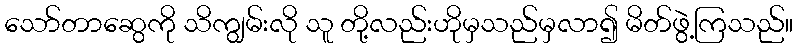
သော်တာဆွေကို သိကျွမ်းလို သူ တို့လည်းဟိုမှသည်မှလာ၍ မိတ်ဖွဲ့ကြသည်။